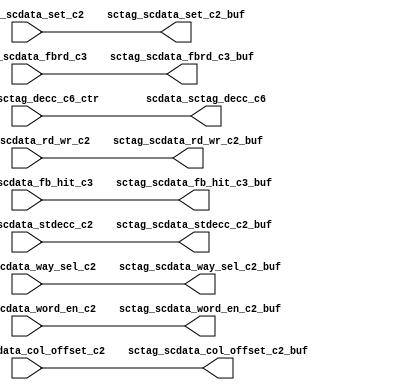
module scdata_rep(
   sctag_scdata_col_offset_c2_buf, sctag_scdata_fb_hit_c3_buf, 
   sctag_scdata_fbrd_c3_buf, sctag_scdata_rd_wr_c2_buf, 
   sctag_scdata_set_c2_buf, sctag_scdata_stdecc_c2_buf, 
   sctag_scdata_way_sel_c2_buf, sctag_scdata_word_en_c2_buf, 
   scdata_sctag_decc_c6, 
   sctag_scdata_col_offset_c2, sctag_scdata_fb_hit_c3, 
   sctag_scdata_fbrd_c3, sctag_scdata_rd_wr_c2, sctag_scdata_set_c2, 
   sctag_scdata_stdecc_c2, sctag_scdata_way_sel_c2, 
   sctag_scdata_word_en_c2, scdata_sctag_decc_c6_ctr
   );
   input [3:0]		sctag_scdata_col_offset_c2;
   input		sctag_scdata_fb_hit_c3;
   input		sctag_scdata_fbrd_c3;
   input		sctag_scdata_rd_wr_c2;   
   input [9:0] 		sctag_scdata_set_c2;
   input [77:0] 	sctag_scdata_stdecc_c2;
   input [11:0] 	sctag_scdata_way_sel_c2;
   input [15:0] 	sctag_scdata_word_en_c2;
   input [155:0]	scdata_sctag_decc_c6_ctr;
   output [3:0] 	sctag_scdata_col_offset_c2_buf;
   output		sctag_scdata_fb_hit_c3_buf;
   output		sctag_scdata_fbrd_c3_buf;
   output		sctag_scdata_rd_wr_c2_buf;   
   output [9:0] 	sctag_scdata_set_c2_buf;
   output [77:0] 	sctag_scdata_stdecc_c2_buf;
   output [11:0] 	sctag_scdata_way_sel_c2_buf;
   output [15:0] 	sctag_scdata_word_en_c2_buf;
   output [155:0]	scdata_sctag_decc_c6;   
   assign sctag_scdata_col_offset_c2_buf = sctag_scdata_col_offset_c2;
   assign sctag_scdata_fb_hit_c3_buf = sctag_scdata_fb_hit_c3;
   assign sctag_scdata_fbrd_c3_buf = sctag_scdata_fbrd_c3;
   assign sctag_scdata_rd_wr_c2_buf = sctag_scdata_rd_wr_c2;   
   assign sctag_scdata_set_c2_buf = sctag_scdata_set_c2;
   assign sctag_scdata_stdecc_c2_buf = sctag_scdata_stdecc_c2;
   assign sctag_scdata_way_sel_c2_buf = sctag_scdata_way_sel_c2;
   assign sctag_scdata_word_en_c2_buf = sctag_scdata_word_en_c2;
   assign scdata_sctag_decc_c6 = scdata_sctag_decc_c6_ctr;   
endmodule